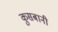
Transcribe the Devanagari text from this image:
कुसबानी